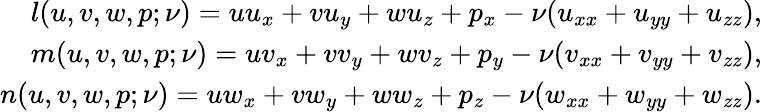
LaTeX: \begin{array}{r}{l(u,v,w,p;\nu)=uu_{x}+vu_{y}+wu_{z}+p_{x}-\nu(u_{xx}+u_{yy}+u_{zz}),}\\ {m(u,v,w,p;\nu)=uv_{x}+vv_{y}+wv_{z}+p_{y}-\nu(v_{xx}+v_{yy}+v_{zz}),}\\ {n(u,v,w,p;\nu)=uw_{x}+vw_{y}+ww_{z}+p_{z}-\nu(w_{xx}+w_{yy}+w_{zz}).}\end{array}